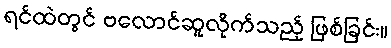
ရင်ထဲတွင် ဗလောင်ဆူလိုက်သည့် ဖြစ်ခြင်း။